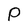
Character: P